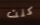
كنت